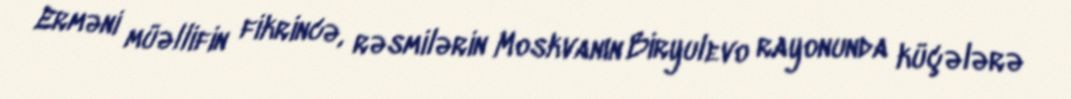
Erməni müəllifin fikrincə, rəsmilərin Moskvanın Biryulevo rayonunda küçələrə